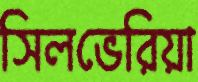
সিলভেরিয়া